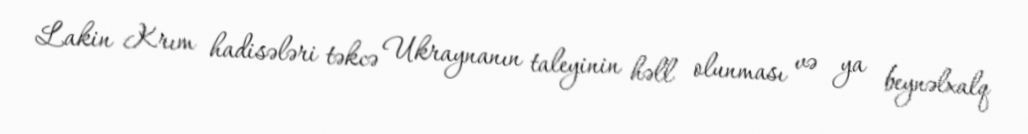
Lakin Krım hadisələri təkcə Ukraynanın taleyinin həll olunması və ya beynəlxalq